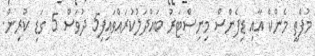
މުފްތީ މެންކް އާއި ޑިފެންސް މިނިސްޓަރު ބައްދަލުކުރައްވައިފި5 ދުވަސް 5 ގަޑި ކުރިން.